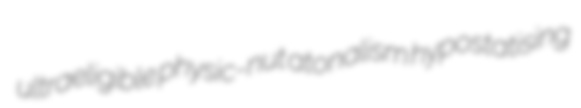
ultraeligible physic-nut atonalism hypostatising